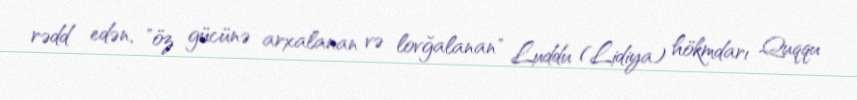
rədd edən, "öz gücünə arxalanan və lovğalanan" Luddu (Lidiya) hökmdarı Quqqu